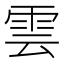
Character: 雲